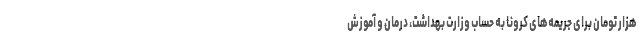
هزار تومان برای جریمه‌های کرونا به حساب وزارت بهداشت، درمان و آموزش